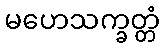
မဟေသက္ခတ္တံ